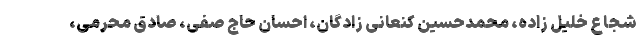
شجاع خلیل زاده، محمدحسین کنعانی زادگان، احسان حاج صفی، صادق محرمی،